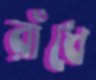
রাঁধে